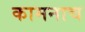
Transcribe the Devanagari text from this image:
कामनाच